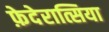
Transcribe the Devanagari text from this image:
फ़ेदेरात्सिया